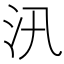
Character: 汛